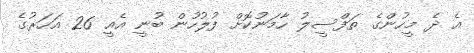
އެ ދެ މީހުންގެ ތަފްސީލު ހާމަނުކޮށް ފުލުހުން ބުނީ އެއީ 26 އަހަރުގެ